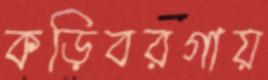
কড়িবরগায়